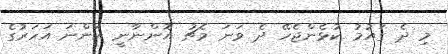
މި ދެ ގައުމު ކުޅެންޖެހޭ ދެ ވަނަ މެޗު އޮންނާނީ އަންނަ އަހަރުގެ